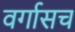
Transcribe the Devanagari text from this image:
वर्गासच